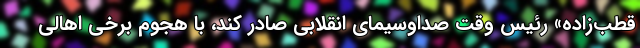
قطب‌زاده» رئیس وقت صداوسیمای انقلابی صادر کند، با هجوم برخی اهالی